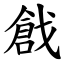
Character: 戧